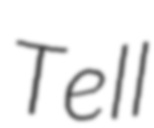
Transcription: Tell